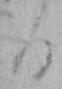
る